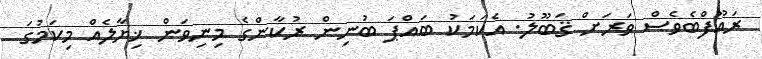
ރައޫފްބެވެސް ވަރަށް ޤަބޫލު. އެކަމަކު ބައްޕަ ބުނިން ރުކާންގެ މިނިވަން ޚިޔާލެއް މިކަމުގަ